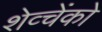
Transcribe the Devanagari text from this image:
शेव्चेंको